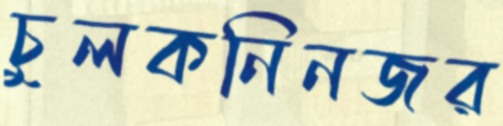
চুলকনিনজর